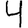
Digit: 4